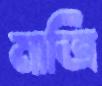
মাত্রি